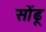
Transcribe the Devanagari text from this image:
सोंढू